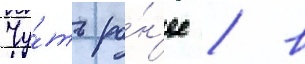
Чу́ть ра́н'ее / в